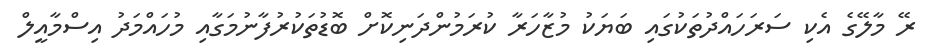
ރޭ މާލޭގެ އެކި ސަރަހައްދުތަކުގައި ބަޔަކު މުޒާހަރާ ކުރަމުންދަނިކޮށް ބޮޑުތަކުރުފާނުމަގާއި މުހައްމަދު އިސްމާއީލް